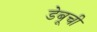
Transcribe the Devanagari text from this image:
डेबूची